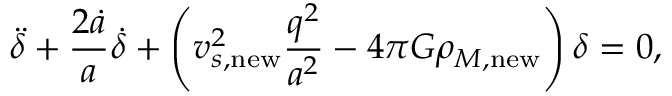
\ddot { \delta } + { \frac { 2 \dot { a } } { a } } \dot { \delta } + \left( v _ { s , \mathrm { n e w } } ^ { 2 } { \frac { q ^ { 2 } } { a ^ { 2 } } } - 4 \pi G \rho _ { M , \mathrm { n e w } } \right) \delta = 0 ,